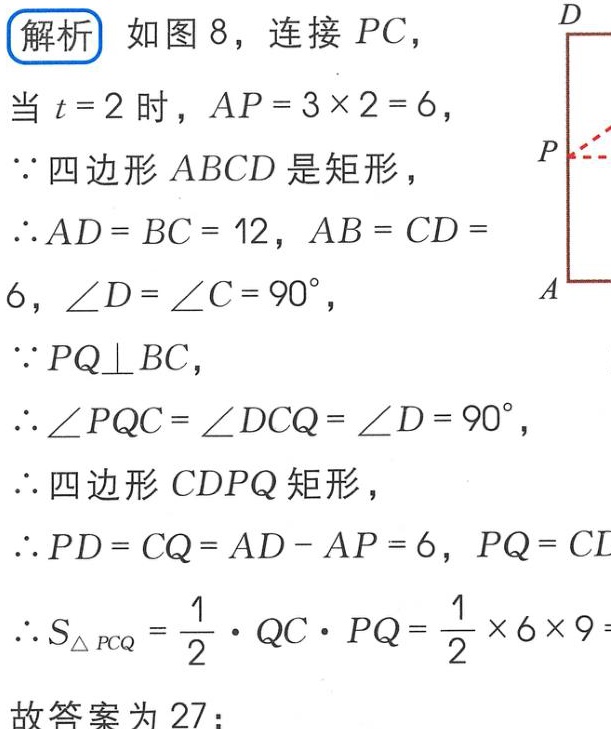
解析 如图 8，连接 \(PC\)，
当 \(t = 2\) 时，\(AP = 3\times2 = 6\)，
\(\because\) 四边形 \(ABCD\) 是矩形，
\(\therefore AD = BC = 12\)，\(AB = CD = 6\)，\(\angle D=\angle C = 90^{\circ}\)，
\(\because PQ\perp BC\)，
\(\therefore\angle PQC=\angle DCQ=\angle D = 90^{\circ}\)，
\(\therefore\) 四边形 \(CDPQ\) 矩形，
\(\therefore PD = CQ = AD - AP = 6\)，\(PQ = CD\)
\(\therefore S_{\triangle PCQ}=\frac{1}{2}\cdot QC\cdot PQ=\frac{1}{2}\times6\times9 =\)
故答案为 \(27\)；